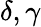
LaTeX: \delta,\gamma